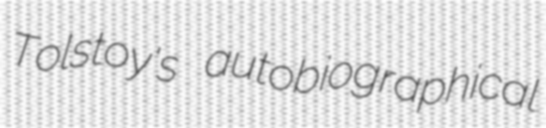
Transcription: Tolstoy's autobiographical